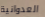
العدوانية